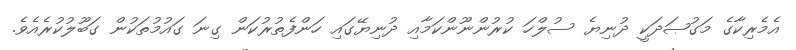
އެމެރިކާގެ މަގުޞަދަކީ ދުނިޔެ ސުލްހަ ކުރުންނޫންކަމާއި ދުނިޔޭގައި ހަންފެތުރުކަން ގިނަ ގައުމުތަކުން ގަބޫލުކުރެއެވެ.